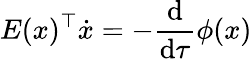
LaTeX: E(x)^{\top}\dot{x}=-\frac{\mathrm{d}}{\mathrm{d}\tau}\phi(x)